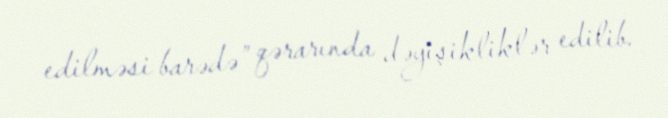
edilməsi barədə” qərarında dəyişikliklər edilib.